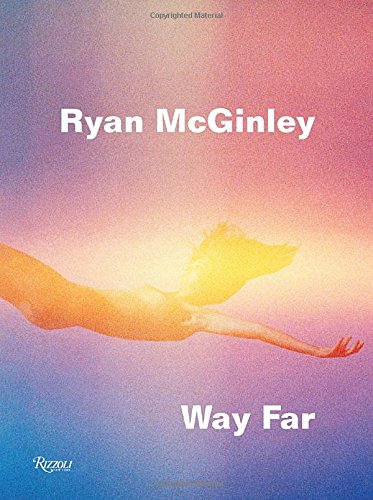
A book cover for Ryan McGinley: Way Far; David Rimanelli; Arts & Photography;